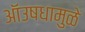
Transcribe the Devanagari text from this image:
ऑउषधामुळे